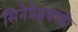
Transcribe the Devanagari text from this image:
सिनेप्रेक्षकांची